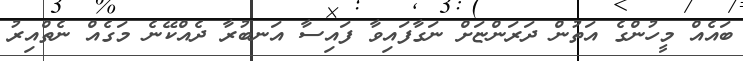
ބައެއް މީހުންގެ އަތުން ދަރަންޏަށް ނަގާފައިވާ ފައިސާ އަނބުރާ ދެއްކޭނެ މަގެއް ނެތްއިރު